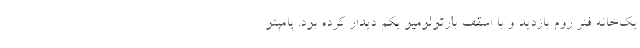
یک‌خانه فنر روم بازدید و با اسقف بارتولومیو یکم دیدار کرده بود. پامپئو